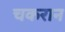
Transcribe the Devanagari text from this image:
चकरान